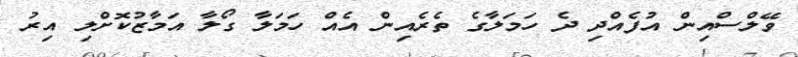
ވޭލްސްއިން އުފެއްދި ދެ ހަމަލާގެ ތެރެއިން އެއް ހަމަލާ ގޯލާ އަމާޒުކޮށްލި އިރު